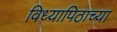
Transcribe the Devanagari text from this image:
विध्यापिठाच्या